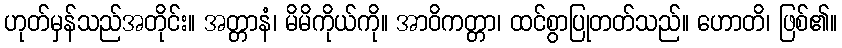
ဟုတ်မှန်သည်အတိုင်း။ အတ္တာနံ၊ မိမိကိုယ်ကို။ အာဝိကတ္တာ၊ ထင်စွာပြုတတ်သည်။ ဟောတိ၊ ဖြစ်၏။